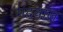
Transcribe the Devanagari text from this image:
मंद्रवाल